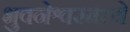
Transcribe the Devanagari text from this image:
भुवनेश्वरमध्ये